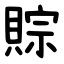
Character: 賩